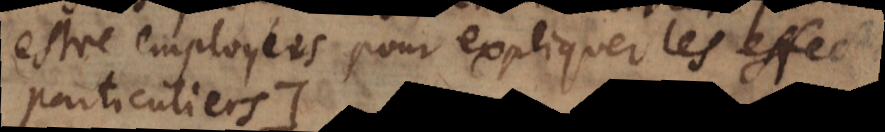
estre employées pour expliquer les effects